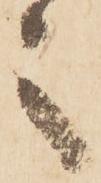
之